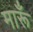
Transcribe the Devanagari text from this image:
मारूँ